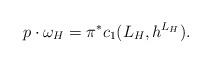
LaTeX: \begin{align*}p \cdot \omega_H = \pi^* c_1(L_H, h^{L_H}).\end{align*}